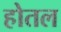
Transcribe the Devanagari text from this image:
होतल